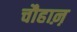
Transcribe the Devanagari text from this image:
चौहाऩ़